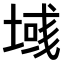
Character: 𫮓